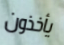
يأخذون